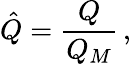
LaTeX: \hat{Q}=\frac{Q}{Q_{M}}\, ,